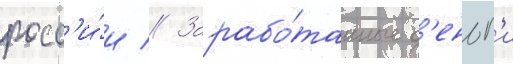
росс'и́и // Зарабо́танные д'еньг'и